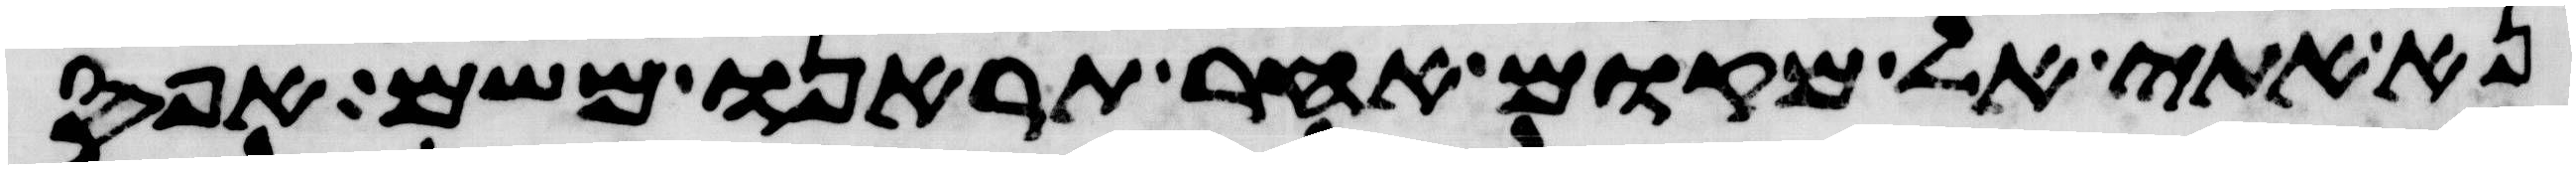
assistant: נא אתי אל מקום אחר תראנו משם אפס